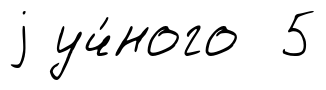
j уч́ного 5